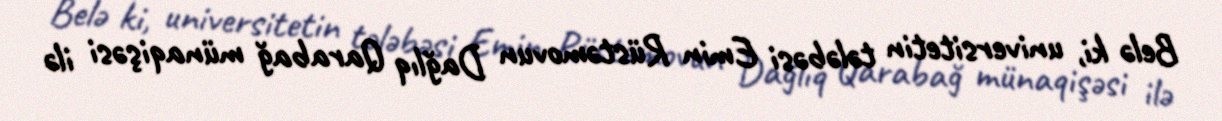
Belə ki, universitetin tələbəsi Emin Rüstəmovun Dağlıq Qarabağ münaqişəsi ilə